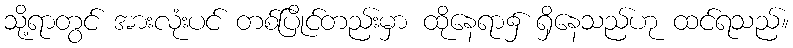
သို့ရာတွင် အားလုံးပင် တစ်ပြိုင်တည်းမှာ ထိုနေရာ၌ ရှိနေသည်ဟု ထင်ရသည်။